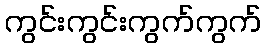
ကွင်းကွင်းကွက်ကွက်